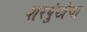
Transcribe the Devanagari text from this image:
शरपुंखेचा